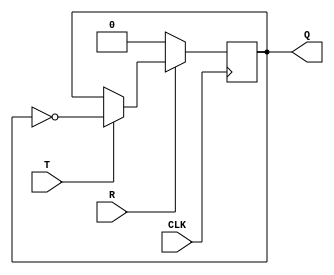
module TFF(T,CLK,R,Q);
  input T,CLK,R;
  output reg Q;
  always@(posedge CLK) begin
    if(!R)
      Q<=0;
    else
      if(T)
          Q<=~Q;
      else
        
          Q <= Q;
        
    end
endmodule